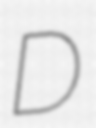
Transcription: D